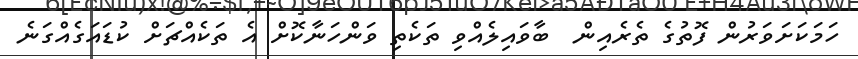
ހަމަކަށަވަރުން ފޮތުގެ ތެރެއިން  ބާވައިލެއްވި ތަކެތި ވަންހަނާކޮށް އެ ތަކެއްޗަށް ކުޑައަގެއްގަނެ